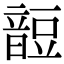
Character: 𧯹